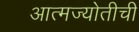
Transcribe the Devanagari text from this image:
आत्मज्योतीची